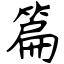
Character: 篇